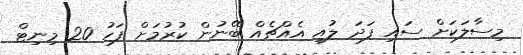
މިސާލަކަށް ސައި ފަދަ ލުއި އެއްޗެއް ބޭނުން ކުރުމަށް ފަހު 20 މިނިޓް